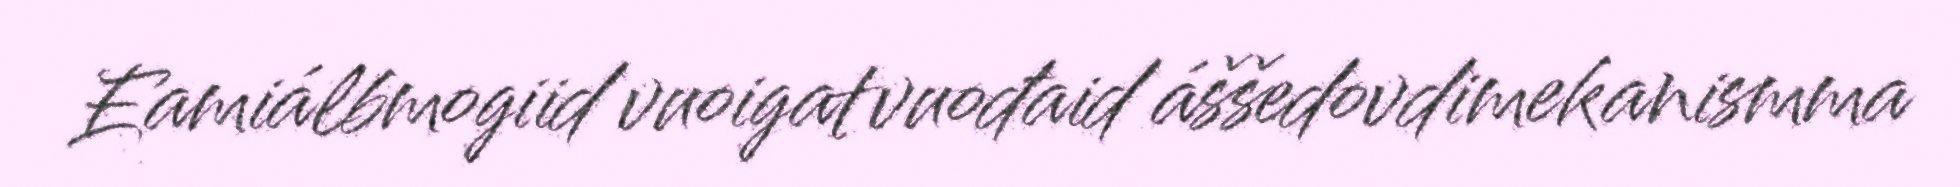
Eamiálbmogiid vuoigatvuođaid áššedovdimekanismma